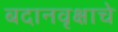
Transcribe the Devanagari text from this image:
बदानवृक्षाचे